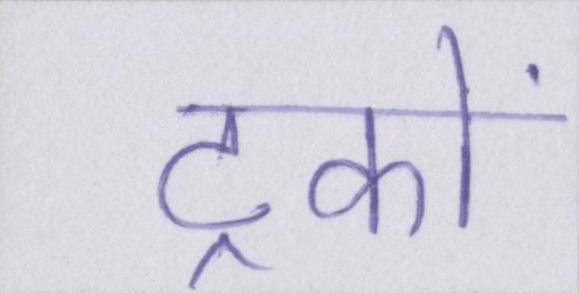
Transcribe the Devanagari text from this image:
ट्रकों